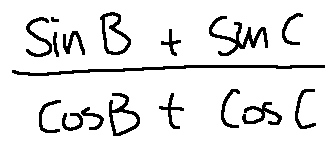
\frac { \sin B + \sin C } { \cos B + \cos C }